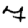
Digit: 7